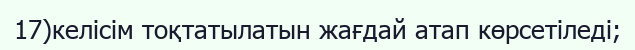
17)келісім тоқтатылатын жағдай атап көрсетіледі;